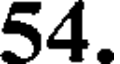
54.